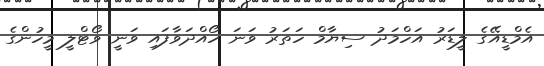
އެމްޑީއޭގެ ލީޑަރު އަހްމަދު ސިޔާމް ހަތަރު ވަނަ ހޯއްދަވާފައި ވަނީ ވޯޓްލީ މީހުންގެ